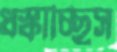
ধস্‌কাচ্ছিস